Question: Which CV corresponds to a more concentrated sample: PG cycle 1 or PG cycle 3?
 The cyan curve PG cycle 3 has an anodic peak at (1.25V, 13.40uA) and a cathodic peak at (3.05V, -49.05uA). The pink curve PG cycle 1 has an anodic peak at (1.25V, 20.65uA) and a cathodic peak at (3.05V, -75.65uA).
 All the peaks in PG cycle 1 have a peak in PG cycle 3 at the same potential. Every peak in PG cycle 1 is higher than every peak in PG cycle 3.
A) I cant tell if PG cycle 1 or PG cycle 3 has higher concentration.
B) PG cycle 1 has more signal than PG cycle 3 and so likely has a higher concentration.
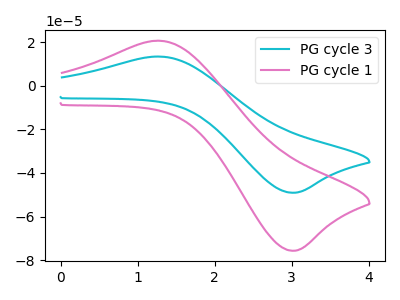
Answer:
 <answer>B) "PG cycle 1" has more signal than "PG cycle 3" and so likely has a higher concentration.</answer>
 <eval>B</eval>